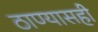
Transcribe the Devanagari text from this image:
ठाण्यासही